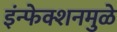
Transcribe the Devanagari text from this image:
इंन्फेक्शनमुळे